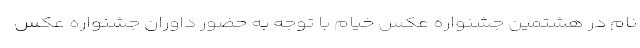
نام در هشتمین جشنواره عکس خیام با توجه به حضور داوران جشنواره عکس